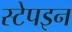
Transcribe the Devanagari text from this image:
स्टेपइन